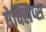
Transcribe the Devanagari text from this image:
ऐक्लिप्स